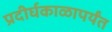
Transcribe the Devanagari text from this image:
प्रदीर्घकाळापर्यंत